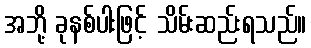
အဘို့ ခုနစ်ပါးဖြင့် သိမ်းဆည်းရသည်။